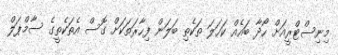
މިނިސްޓްރީއަށް ހޯދާ ބައެއް ކަހަލަ ތަކެތި ބަލަން ފިހާރަތަކަށް ގޮސް އެތަކެތީގެ ސާމްޕަލް